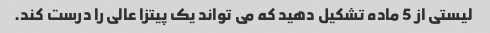
لیستی از 5 ماده تشکیل دهید که می تواند یک پیتزا عالی را درست کند.